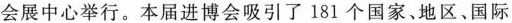
会展中心举行。本届进博会吸引了181个国家、地区、国际